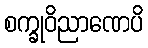
စက္ခုဝိညာဏေပိ